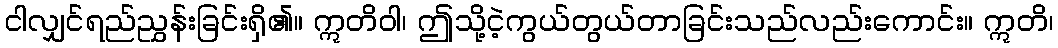
ငါလျှင်ရည်ညွှန်းခြင်းရှိ၏။ ဣတိဝါ၊ ဤသို့ငဲ့ကွယ်တွယ်တာခြင်းသည်လည်းကောင်း။ ဣတိ၊